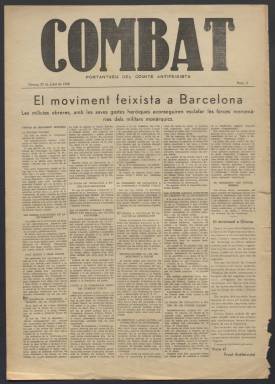
Título: Combat (Girona)
Colección: Periódicos || Guerra civil
Ámbito geográfico: Gerona
Lugar de publicación: Girona
Fechas: 22/07/1936-17/10/1936

Periódico surgido al comienzo de la Guerra Civil, escrito en catalán, que agrupaba a las fuerzas que se oponían a los nacionalistas alzados en armas. Utilizó los medios de un periódico tradicionalista español, El Norte de Gerona, cuyos talleres fueron confiscados por el Comité Antifascista. Posteriormente, el PSUC y la UGT editaron en las mismas instalaciones el periódico Front.

   Combat publicó su primer número el 21 de julio de 1936. La colección de la Biblioteca Nacional de España arranca con el número 2 del día siguiente. Era diario y constaba de cuatro páginas. El último número que posee la BNE es el de 17 de octubre y no parece que hubiera muchos más al ser sustituido por el otro periódico antes mencionado.

  Combat era el portavoz del Comité Antifascista que incluía a sindicatos y partidos republicanos. Su contenido, como es lógico, estaba centrado en la información política y en las noticias sobre el desarrollo de la guerra. Una buena parte de sus artículos estaban dirigidos a fortalecer la moral de lucha y la fe en la victoria.

  En el número del 11 de septiembre, la Diada, fiesta nacional de Cataluña, el periódico recordó esa fecha de 1714 en que Cataluña perdió sus libertades bajo las tropas de Felipe V y la comparó con la situación que se estaba viviendo entonces con el levantamiento militar. El artículo estaba firmado por Roset Sala, que luego figuraría como director de la publicación.

Aunque esporádicamente, Combat también publicaba algunos artículos en castellano, como el que aparece en una columna de portada en el último número de la colección de la BNE. En este artículo se cita al periódico Solidaridad Obrera, que denunció a los periodistas madrileños que huían de la capital durante la ofensiva de las fuerzas nacionalistas sobre Madrid.
  Estas son algunas de las frases que Combat dedica a estos periodistas: ‘Traidores, cobardes, mujerzuelas de panecillo y sardina, que así respondéis y pagáis a los que, con tan bonísima fe, os aseguraron el mendrugo en las redacciones de los periódicos de Madrid’.

[Descripción publicada el 7/09/2023]